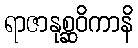
ရာဇာနုစ္ဆဝိကာနိ